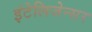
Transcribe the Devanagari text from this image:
इंटेलिजेन्सर